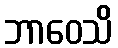
ဘာဝေသိ